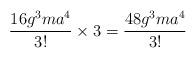
LaTeX: \begin{align*}\frac{16g^{3}ma^{4}}{3!}\times 3=\frac{48g^{3}ma^{4}}{3!}\end{align*}